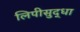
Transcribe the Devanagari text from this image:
लिपीसुद्धा